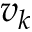
v _ { k }